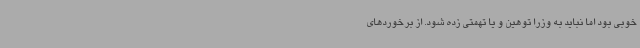
خوبی بود اما نباید به وزرا توهین و یا تهمتی زده شود. از برخوردهای